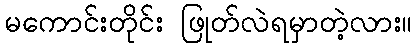
မကောင်းတိုင်း ဖြုတ်လဲရမှာတဲ့လား။